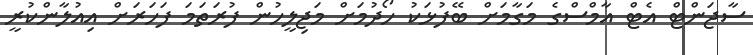
ސާޖަންޓް އެޓް އާމްސްގެ މަގާމަށް ބޭފުޅަކު ހޯދުމަށް މަޖިލީހުން ފުރަތަމަ ފަހަރަށް އިއުލާންކުރީ